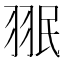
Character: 𱻘